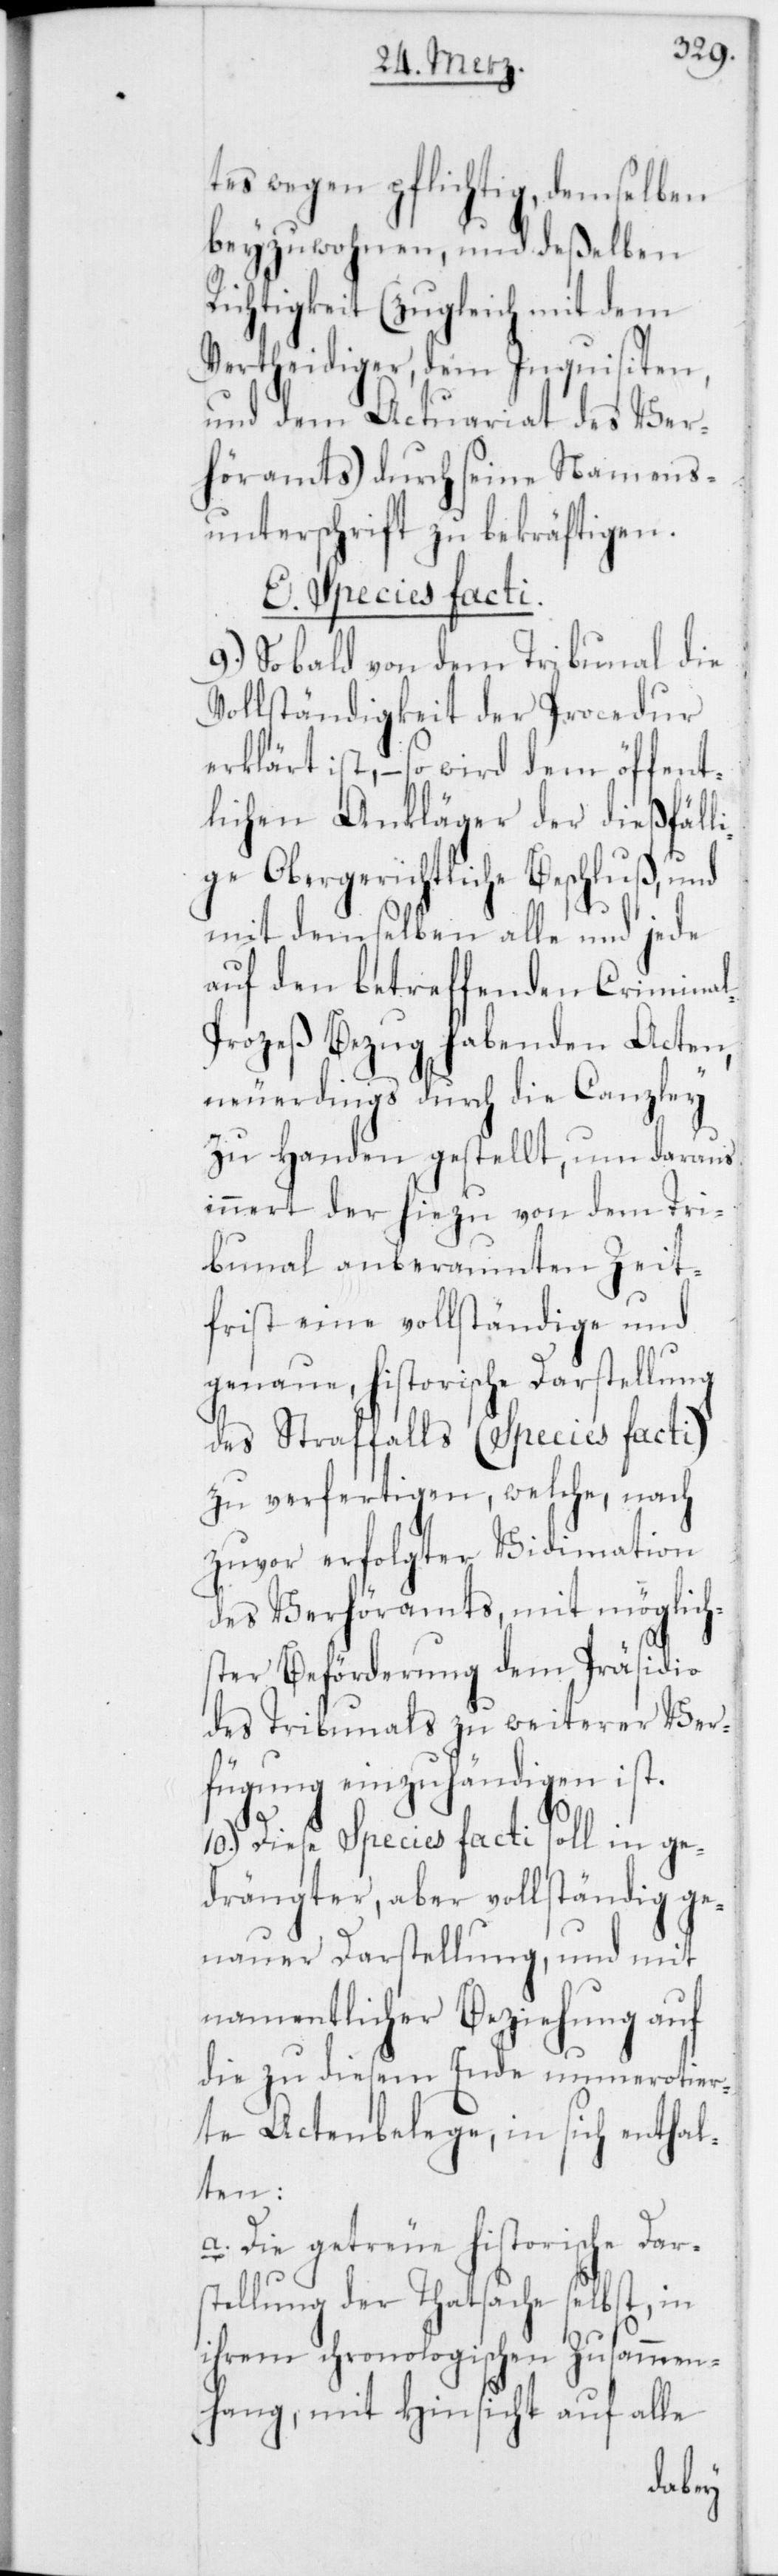
tes wegen pflichtig, demselben
beyzuwohnen, und deßelben
Richtigkeit (zugleich mit dem
Vertheidiger, dem Inquisiten
und dem Actuariat des Ver¬
höramts) durch seine Namens¬
unterschrift zu bekräftigen.
E. Species facti.
9.) Sobald von dem Tribunal die
Vollständigkeit der Procedur
erklärt ist, – so wird dem öffent¬
lichen Ankläger der dießfäll¬
ige Obergerichtliche Beschluß, und
mit demselben alle und jede
auf den betreffenden Crimina¬
l-Prozeß Bezug habenden Acten,
neuerdings durch die Canzley
zu Handen gestellt, um daraus
innert der hiezu von dem Tri¬
bunal anberaumten Zeit¬
frist eine vollständige und
genaue, historische Darstellung
des Straffalls (Species facti)
zu verfertigen, welche, nach
zuvor erfolgter Vidimation
des Verhöramts, mit möglich¬
ster Beförderung dem Präsidio
des Tribunals zu weiterer Ver¬
fügung einzuhändigen ist.
10.) Diese Species facti soll in ge¬
drängter, aber vollständig ge¬
nauer Darstellung, und mit
namentlicher Beziehung auf
die zu diesem Ende unmerotier¬
ter Actenbelege, in sich enthal¬
ten:
a. Die getreue historische Dar¬
stellung der Thatsache selbst, in
ihrem chronologischen Zusammen¬
hang, mit Hinsicht auf alle